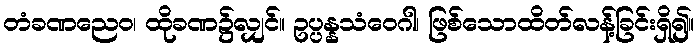
တံခဏညေဝ၊ ထိုခဏ၌လျှင်။ ဥပ္ပန္နသံဝေဂါ၊ ဖြစ်သောထိတ်လန့်ခြင်းရှိ၍။